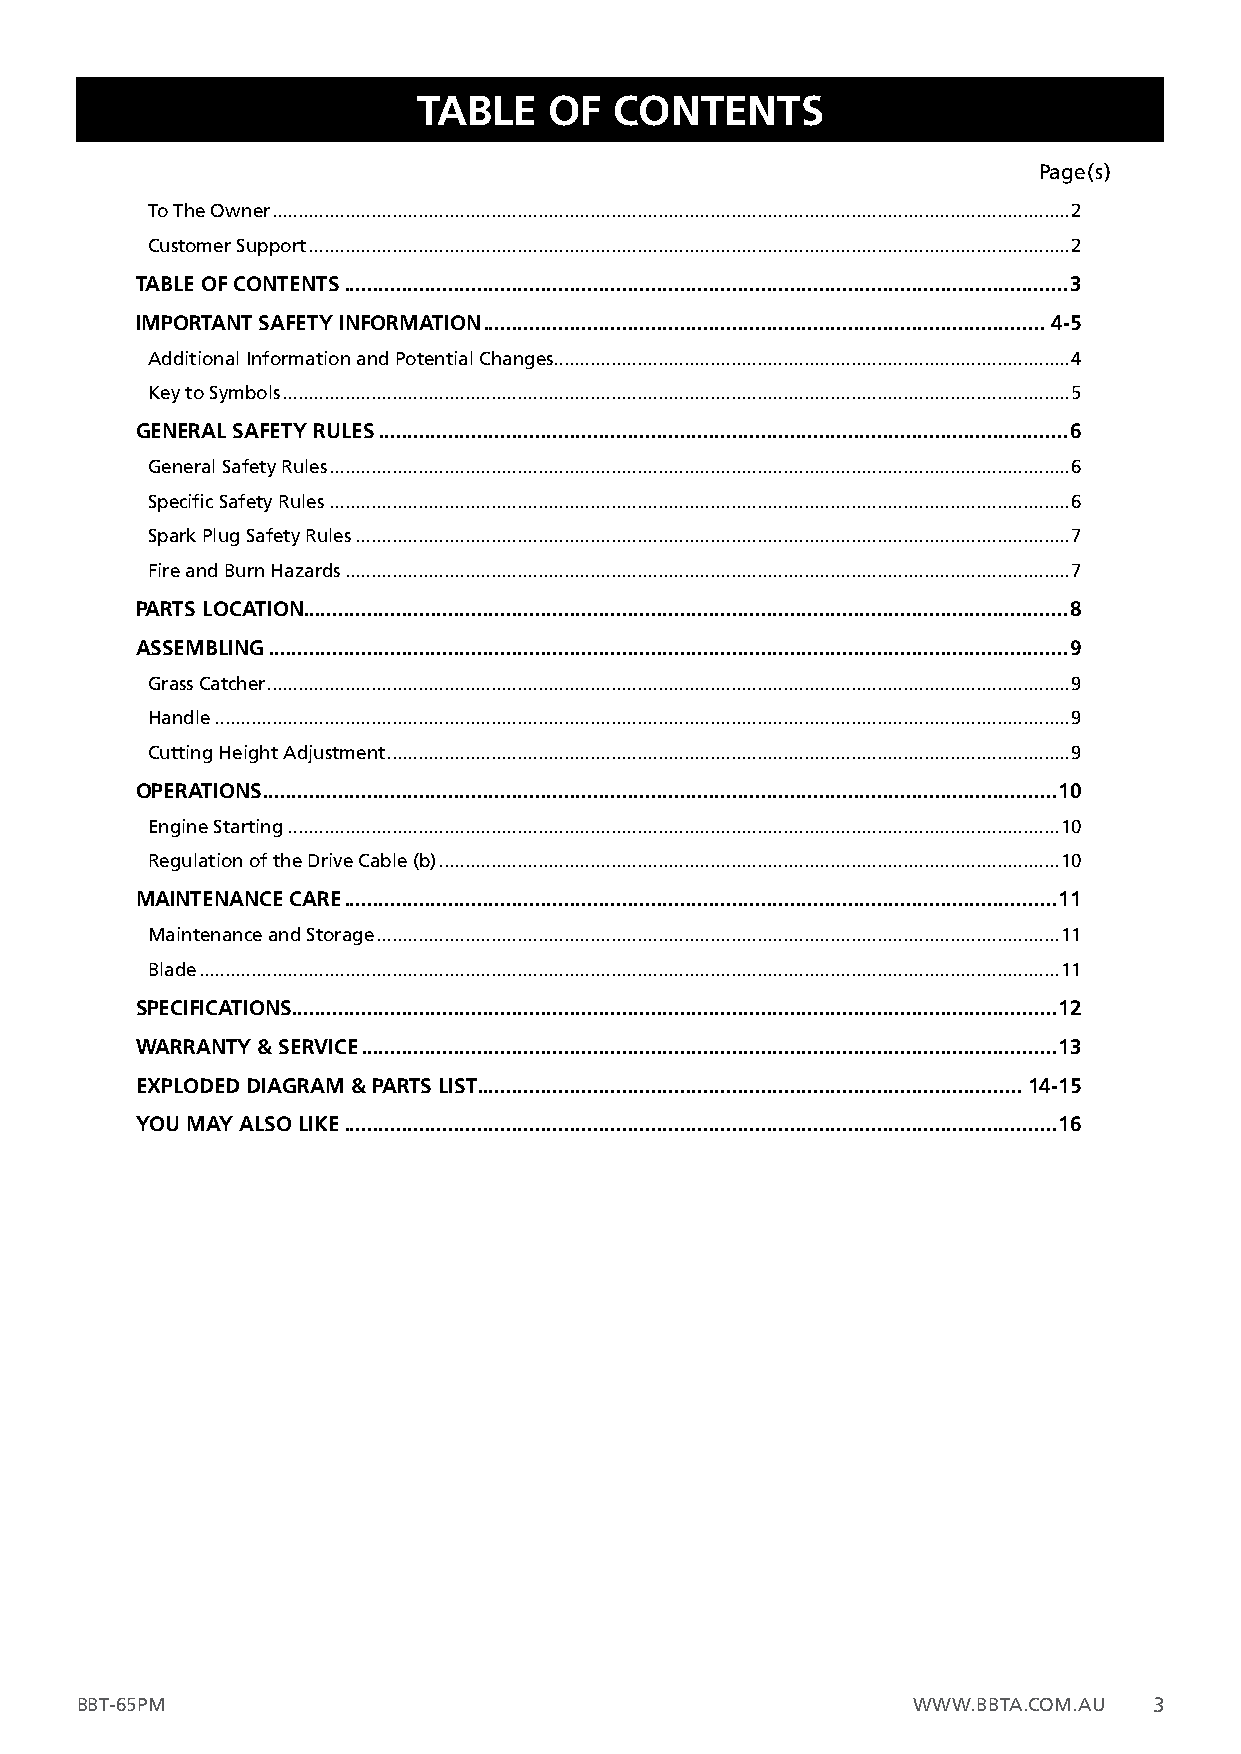
TABLE   OF   CONTENTS
 Page(s)
 To The Owner .........................................................................................................................................................2
 Customer Support ..................................................................................................................................................2
 TABLE OF CONTENTS .............................................................................................................................3
 IMPORTANT SAFETY INFORMATION .................................................................................................4-5
 Additional Information and Potential Changes...................................................................................................4
 Key to Symbols .......................................................................................................................................................5
 GENERAL SAFETY RULES .......................................................................................................................6
 General Safety Rules ..............................................................................................................................................6
 Specific Safety Rules ..............................................................................................................................................6
 Spark Plug Safety Rules .........................................................................................................................................7
 Fire and Burn Hazards ...........................................................................................................................................7
 PARTS LOCATION ....................................................................................................................................8
 ASSEMBLING ..........................................................................................................................................9
 Grass Catcher ..........................................................................................................................................................9
 Handle ....................................................................................................................................................................9
 Cutting Height Adjustment ...................................................................................................................................9
 OPERATIONS .........................................................................................................................................10
 Engine Starting ....................................................................................................................................................10
 Regulation of the Drive Cable (b) .......................................................................................................................10
 MAINTENANCE CARE ...........................................................................................................................11
 Maintenance and Storage ...................................................................................................................................11
 Blade .....................................................................................................................................................................11
 SPECIFICATIONS ....................................................................................................................................12
 WARRANTY & SERVICE ........................................................................................................................13
 EXPLODED DIAGRAM & PARTS LIST..............................................................................................14-15
 YOU MAY ALSO LIKE ...........................................................................................................................16
 BBT-65PM                                               WWW.BBTA.COM.AU 3